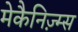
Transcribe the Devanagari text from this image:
मेकैनिज़्म्स